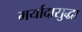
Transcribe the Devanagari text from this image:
मर्यादासुद्धा